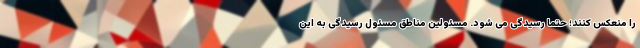
را منعکس کنند؛ حتما رسیدگی می شود. مسئولین مناطق مسئول رسیدگی به این